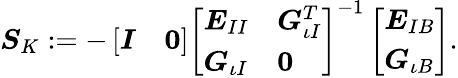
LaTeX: \begin{array}{r}{\boldsymbol{S}_{K}:=-\left[\begin{array}{ll}{\boldsymbol{I}}&{\boldsymbol{0}}\end{array}\right]\left[\begin{array}{ll}{\boldsymbol{E}_{II}}&{\boldsymbol{G}_{\iota I}^{T}}\\ {\boldsymbol{G}_{\iota I}}&{\boldsymbol{0}}\end{array}\right]^{-1}\left[\begin{array}{l}{\boldsymbol{E}_{IB}}\\ {\boldsymbol{G}_{\iota B}}\end{array}\right].}\end{array}